Account of plague administration in the Bombay Presidency from September 1896 till May 1897
Year: 1896
Disease focus: Plague
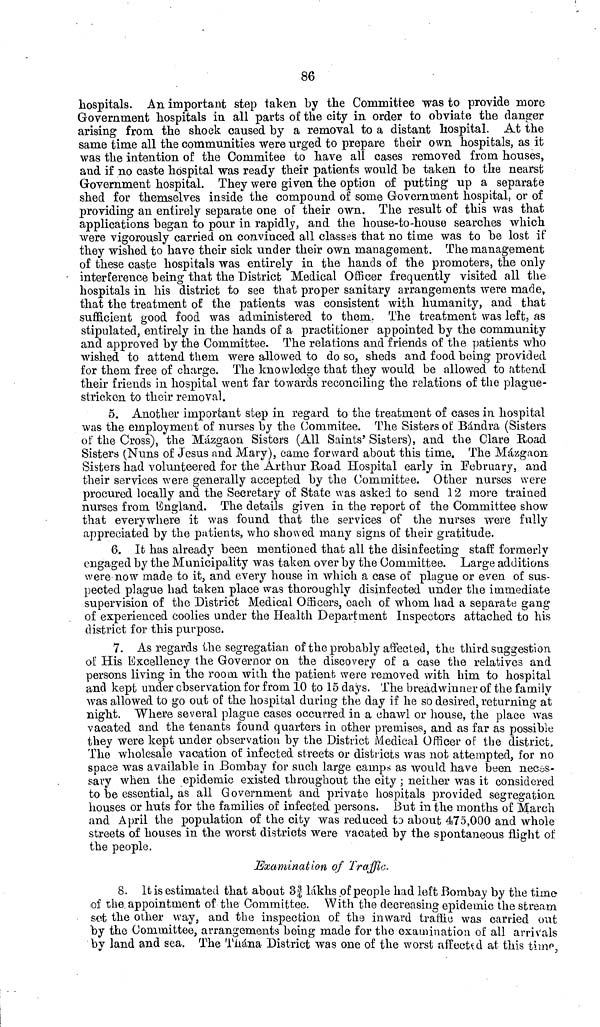
86
hospitals. An important step taken by the Committee was to provide more
Government hospitals in all parts of the city in order to obviate the danger
arising from the shock caused by a removal to a distant hospital. At the
same time all the communities were urged to prepare their own hospitals, as it
was the intention of the Commitee to have all cases removed from houses,
and if no caste hospital was ready their patients would be taken to the nearst
Government hospital. They were given the option of putting up a separate
shed for themselves inside the compound of some Government hospital, or of
providing an entirely separate one of their own. The result of this was that
applications began to pour in rapidly, and the house-to-house searches which
were vigorously carried on convinced all classes that no time was to be lost if
they wished to have their sick under their own management. The management
of these caste hospitals was entirely in the hands of the promoters, the only
interference being that the District Medical Officer frequently visited all the
hospitals in his district to see that proper sanitary arrangements were made,
that the treatment of the patients was consistent with humanity, and that
sufficient good food was administered to them. The treatment was left, as
stipulated, entirely in the hands of a practitioner appointed by the community
and approved by the Committee. The relations and friends of the patients who
wished to attend them were allowed to do so, sheds and food being provided
for them free of charge. The knowledge that they would be allowed to attend
their friends in hospital went far towards reconciling the relations of the plague-
stricken to their removal.
5. Another important step in regard to the treatment of cases in hospital
was the employment of nurses by the Commitee. The Sisters of Bándra (Sisters
of the Cross), the Mázgaon Sisters (All Saints' Sisters), and the Clare Road
Sisters (Nuns of Jesus and Mary), came forward about this time. The Mázgaon
Sisters had volunteered for the Arthur Road Hospital early in February, and
their services were generally accepted by the Committee. Other nurses were
procured locally and the Secretary of State was asked to send 12 more trained
nurses from England. The details given in the report of the Committee show
that everywhere it was found that the services of the nurses were fully
appreciated by the patients, who showed many signs of their gratitude.
6. It has already been mentioned that all the disinfecting staff formerly
engaged by the Municipality was taken over by the Committee. Large additions
were now made to it, and every house in which a case of plague or even of sus-
pected plague had taken place was thoroughly disinfected under the immediate
supervision of the District Medical Officers, each of whom had a separate gang
of experienced coolies under the Health Department Inspectors attached to his
district for this purpose.
7. As regards the segregatian of the probably affected, the third suggestion
of His Excellency the Governor on the discovery of a case the relatives and
persons living in the room with the patient were removed with him to hospital
and kept under observation for from 10 to 15 days. The breadwinner of the family
was allowed to go out of the hospital during the day if he so desired, returning at
night. Where several plague cases occurred in a chawl or house, the place was
vacated and the tenants found quarters in other premises, and as far as possible
they were kept under observation by the District Medical Officer of the district.
The wholesale vacation of infected streets or districts was not attempted, for no
space was available in Bombay for such large camps as would have been neces-
sary when the epidemic existed throughout the city ; neither was it considered
to be essential, as all Government and private hospitals provided segregation
houses or huts for the families of infected persons. But in the months of March
and April the population of the city was reduced to about 475,000 and whole
streets of houses in the worst districts were vacated by the spontaneous night of
the people.
Examination of Traffic.
8. It is estimated that about of lakhs of people had left Bombay by the time
oí the appointment of the Committee. With the decreasing epidemic the stream
set the other way, and the inspection of the inward traffic was carried out
by the Committee, arrangements being made for the examination of all arrivals
by land and sea. The Thána District was one of the worst affected at this time,